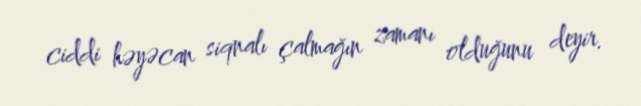
ciddi həyəcan siqnalı çalmağın zamanı olduğunu deyir.